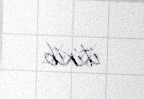
itirib.